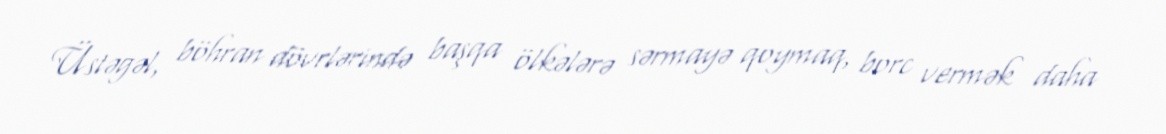
Üstəgəl, böhran dövrlərində başqa ölkələrə sərmayə qoymaq, borc vermək daha